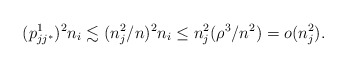
\begin{align*} (p^1_{jj^*})^2 n_i \lesssim (n_j^2/n)^2n_i \le n_j^2 (\rho^3/n^2) = o(n_j^2). \end{align*}